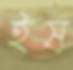
ইষ্